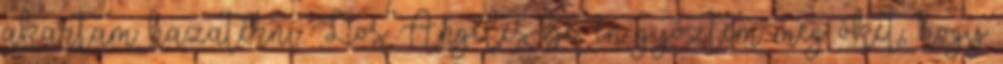
akartam hazatérni Los Angeles-be, én győztem meg őket, hogy